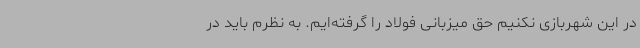
در این شهربازی نکنیم حق میزبانی فولاد را گرفته‌ایم. به نظرم باید در